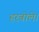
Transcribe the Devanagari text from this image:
हरबोले।